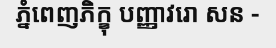
ភ្នំពេញភិក្ខុ បញ្ញាវរោ សន -